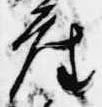
座